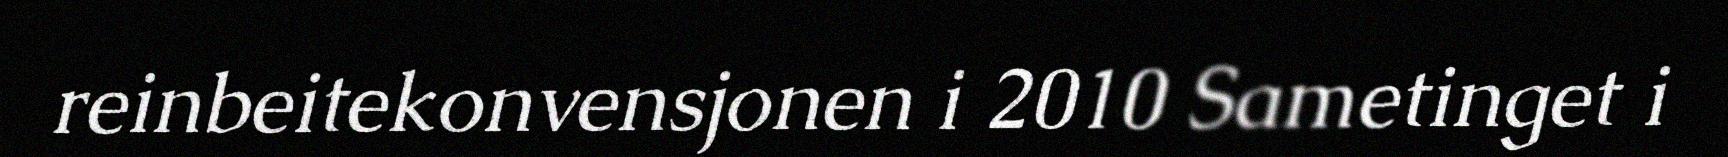
reinbeitekonvensjonen i 2010 Sametinget i